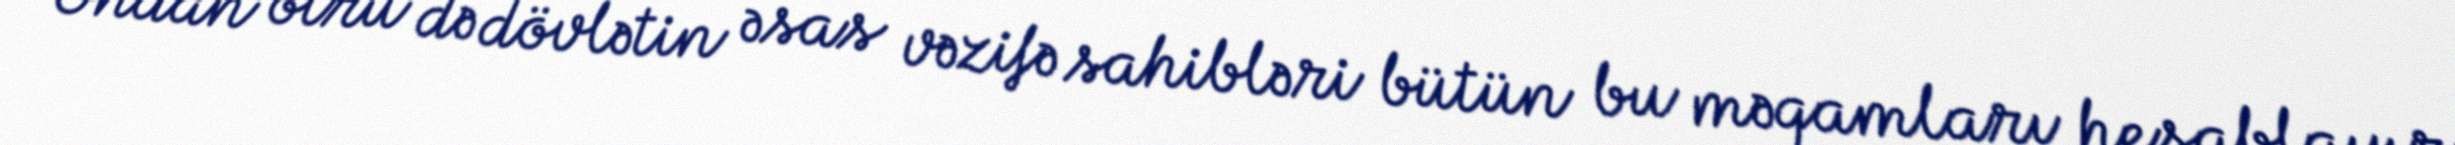
Ondan ötrü də dövlətin əsas vəzifə sahibləri bütün bu məqamları hesablayır,